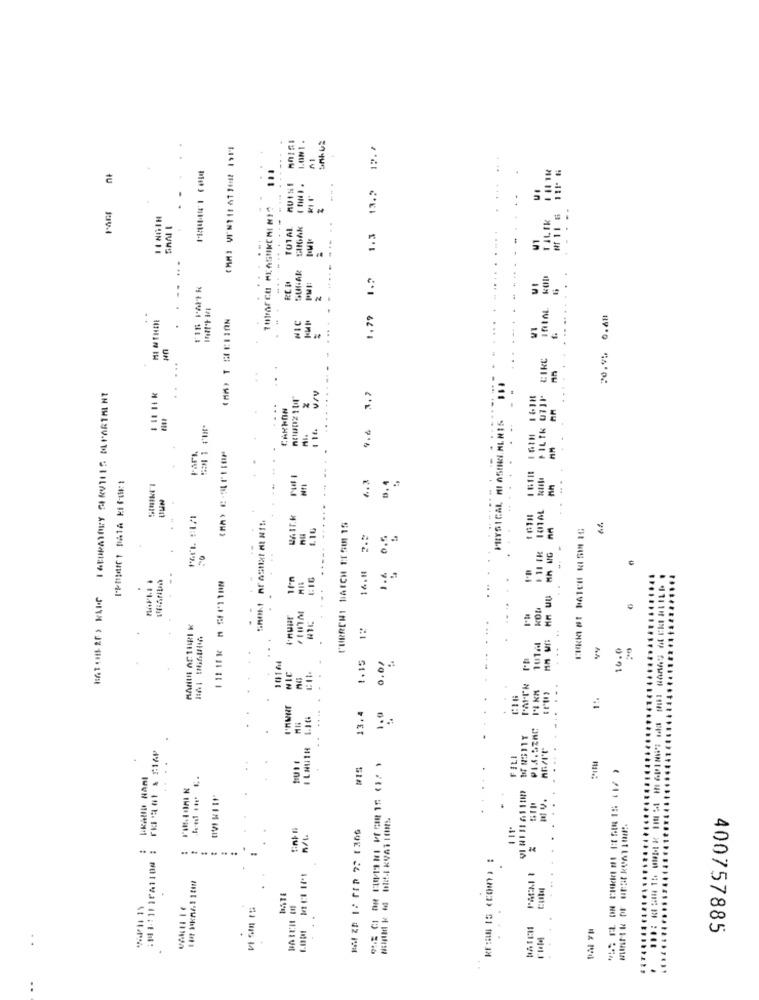
:
MUISE
tu
...... ....
...
in
MI MEHERE
1.79
..
in
CIRC
... .
FILTK UTIP
N
PHYSICAL MI OSERI. ML NIS
..
Fart.
1 MJ
WAIT.K
CURRENT BATCH TESU 15
.. .
. ..
HOM
10.0
1.15
NIC
10.0
13.4
2.1-14-1
.. ..
FILI
....
ALISH M
.. ..
... .... .. .. ..
......
DATE
.......
400757885
W ...